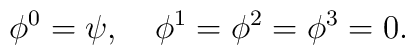
\phi^0=\psi,\quad \phi^1=\phi^2=\phi^3=0.